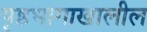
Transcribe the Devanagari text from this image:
पृ़ष्ठभागाखालील